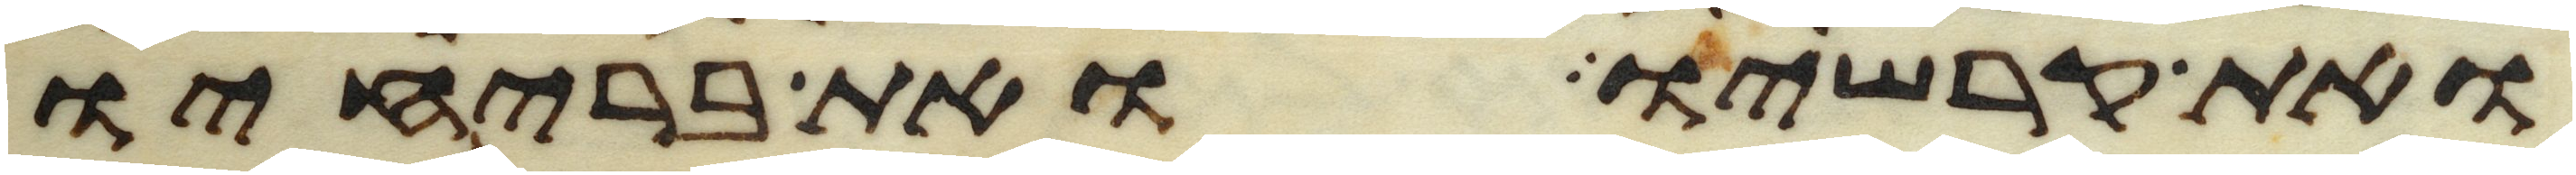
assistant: ואת קרשיו ואת בריחיו